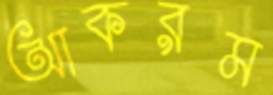
আকরম